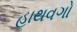
હાથવગો